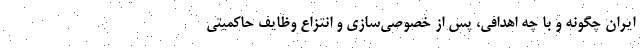
ایران چگونه و با چه اهدافی، پس از خصوصی‌سازی و انتزاع وظایف حاکمیتی